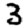
Digit: 3